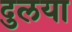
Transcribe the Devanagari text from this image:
दुलया